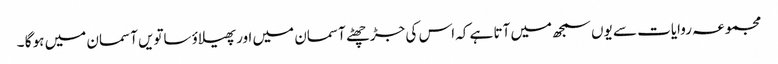
مجموعہ روایات سے یوں سمجھ میں آتا ہے کہ اس کی جڑ چھٹے آسمان میں اور پھیلاؤ ساتویں آسمان میں ہو گا ۔